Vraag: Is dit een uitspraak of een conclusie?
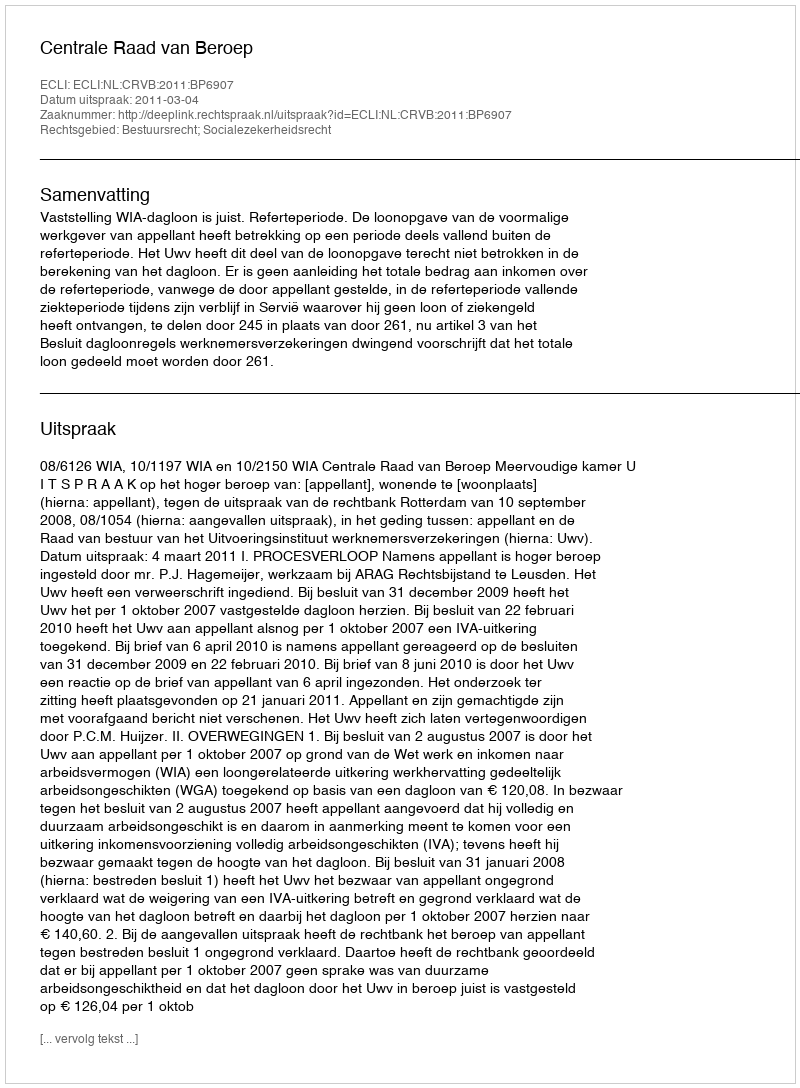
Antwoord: Uitspraak